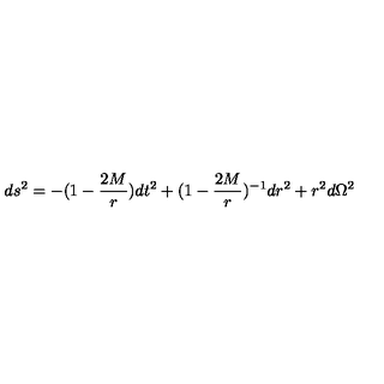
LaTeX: d s ^ { 2 } = - ( 1 - { \frac { 2 M } { r } } ) d t ^ { 2 } + ( 1 - { \frac { 2 M } { r } } ) ^ { - 1 } d r ^ { 2 } + r ^ { 2 } d \Omega ^ { 2 }